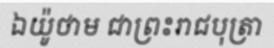
ឯយ៉ូថាម ជាព្រះរាជបុត្រា